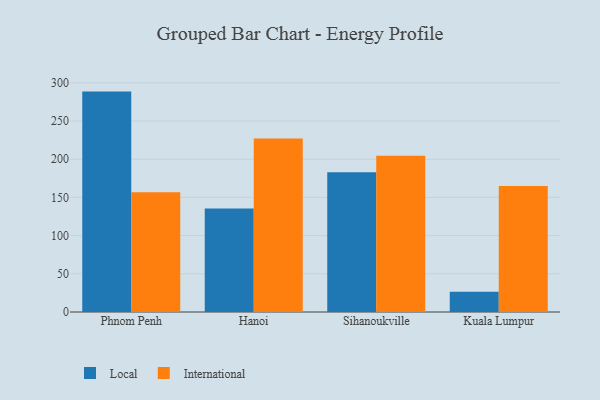
{"axis": {"x": "City", "y": "Satisfaction Score"}, "legend": ["International", "Local"], "data": [{"x": "Phnom Penh", "y": 288.5, "type": "Local"}, {"x": "Phnom Penh", "y": 156.8, "type": "International"}, {"x": "Hanoi", "y": 135.4, "type": "Local"}, {"x": "Hanoi", "y": 227.1, "type": "International"}, {"x": "Sihanoukville", "y": 182.9, "type": "Local"}, {"x": "Sihanoukville", "y": 204.5, "type": "International"}, {"x": "Kuala Lumpur", "y": 26.5, "type": "Local"}, {"x": "Kuala Lumpur", "y": 164.8, "type": "International"}]}